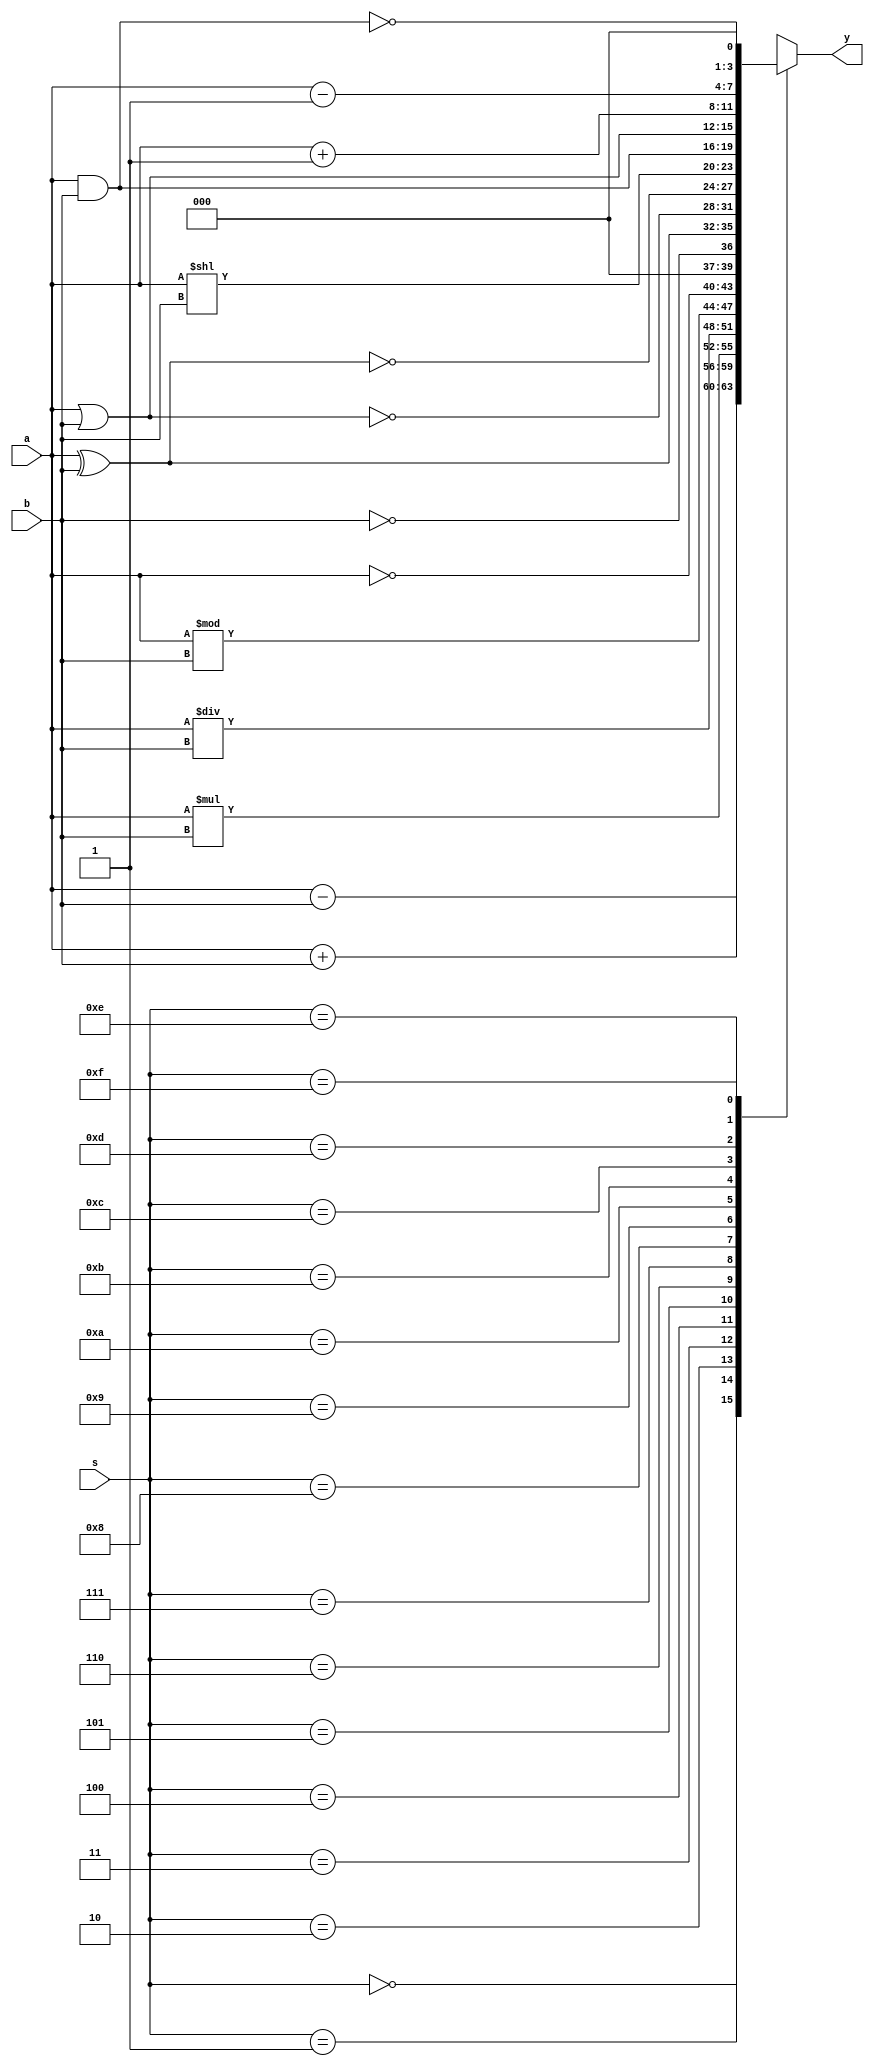
`timescale 1ns / 1ps
//////////////////////////////////////////////////////////////////////////////////
// Module Name: Alu
//////////////////////////////////////////////////////////////////////////////////
module Alu(a,b,s,y);
input [3:0]a,b,s;
output reg [3:0]y;
always@(*)
begin
case(s)
	4'b0000:y=a+b;//Addition
	4'b0001:y=a-b;//Substraction
	4'b0010:y=a*b;//Multipiler
	4'b0011:y=a/b;//Division
	4'b0100:y=a%b;//Modulo
	4'b0101:y=~a;//not a
	4'b0110:y=!b;//not b
	4'b0111:y=a^b;//xor
	4'b1000:y=~(a|b);//nor
	4'b1001:y=~(a^b);//xnor
	4'b1010:y=a<<b;//left shift
	4'b1011:y=a&b;//and
	4'b1100:y=a|b;//or
	4'b1101:y=a+1;//increment
	4'b1110:y=a-1;//decrement
	4'b1111:y=!(a&b);//nand
	default:y=4'bzzz;
endcase
end
endmodule